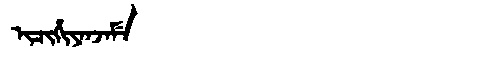
Manchu: ᡳᠴᡳᡥᡳᠶᠠᠨᠵᠠᠮᡝ
Romanization: ICIHIYANJAME